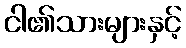
ငါ၏သားများနှင့်